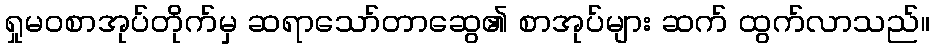
ရှုမဝစာအုပ်တိုက်မှ ဆရာသော်တာဆွေ၏ စာအုပ်များ ဆက် ထွက်လာသည်။